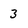
Character: 3